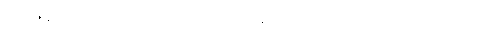
ဗဟုဇနအဟိတာယ၊ များစွာသောလူတို့၏ စီးပွားမရှိခြင်းငှာလည်းကောင်း။